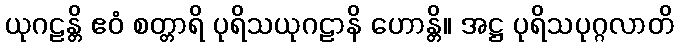
ယုဂဠန္တိ ဧဝံ စတ္တာရိ ပုရိသယုဂဠာနိ ဟောန္တိ။ အဋ္ဌ ပုရိသပုဂ္ဂလာတိ